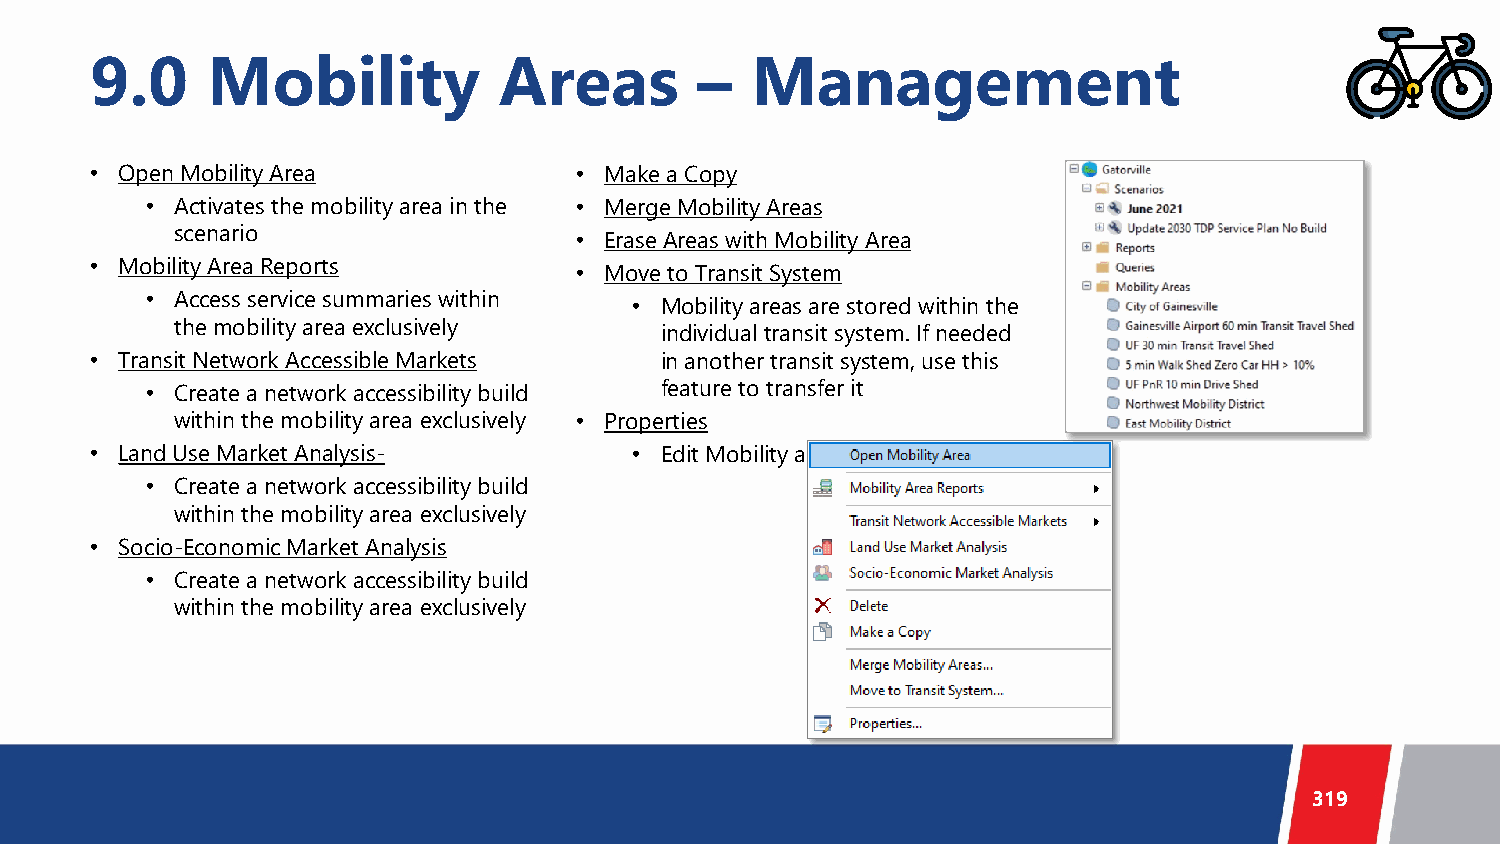
9.0     Mobility           Areas        –   Management
 • Open Mobility Area            • Make a Copy
 • Activates the mobility area in the • Merge Mobility Areas
 scenario                  • Erase Areas with Mobility Area
 • Mobility Area Reports         • Move to Transit System
 • Access service summaries within • Mobility areas are stored within the
 the mobility area exclusively
 individual transit system. If needed
 • Transit Network Accessible Markets  in another transit system, use this
 • Create a network accessibility build feature to transfer it
 within the mobility area exclusively • Properties
 • Land Use Market Analysis-         • Edit Mobility area name
 • Create a network accessibility build
 within the mobility area exclusively
 • Socio-Economic Market Analysis
 • Create a network accessibility build
 within the mobility area exclusively
 319